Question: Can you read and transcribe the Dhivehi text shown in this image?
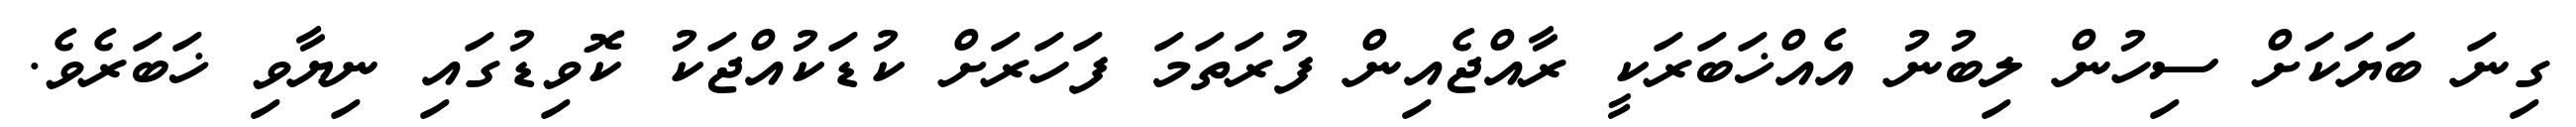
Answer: ގިނަ ބަޔަކަށް ސިހުން ލިބުނު އެއްޚަބަރަކީ ރާއްޖެއިން ފުރަތަމަ ފަހަރަށް ކުޑަކުއްޖަކު ކޮވިޑުގައި ނިޔާވި ޚަބަރެވެ.